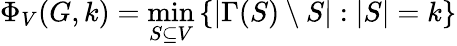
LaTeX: \Phi_{V}(G,k)=\operatorname*{min}_{S\subseteq V}\left\{ |\Gamma(S)\setminus S|:|S|=k\right\}